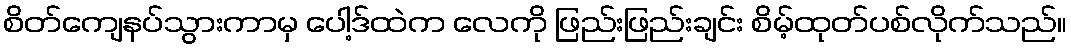
စိတ်ကျေနပ်သွားကာမှ ပေါ့ဒ်ထဲက လေကို ဖြည်းဖြည်းချင်း စိမ့်ထုတ်ပစ်လိုက်သည်။